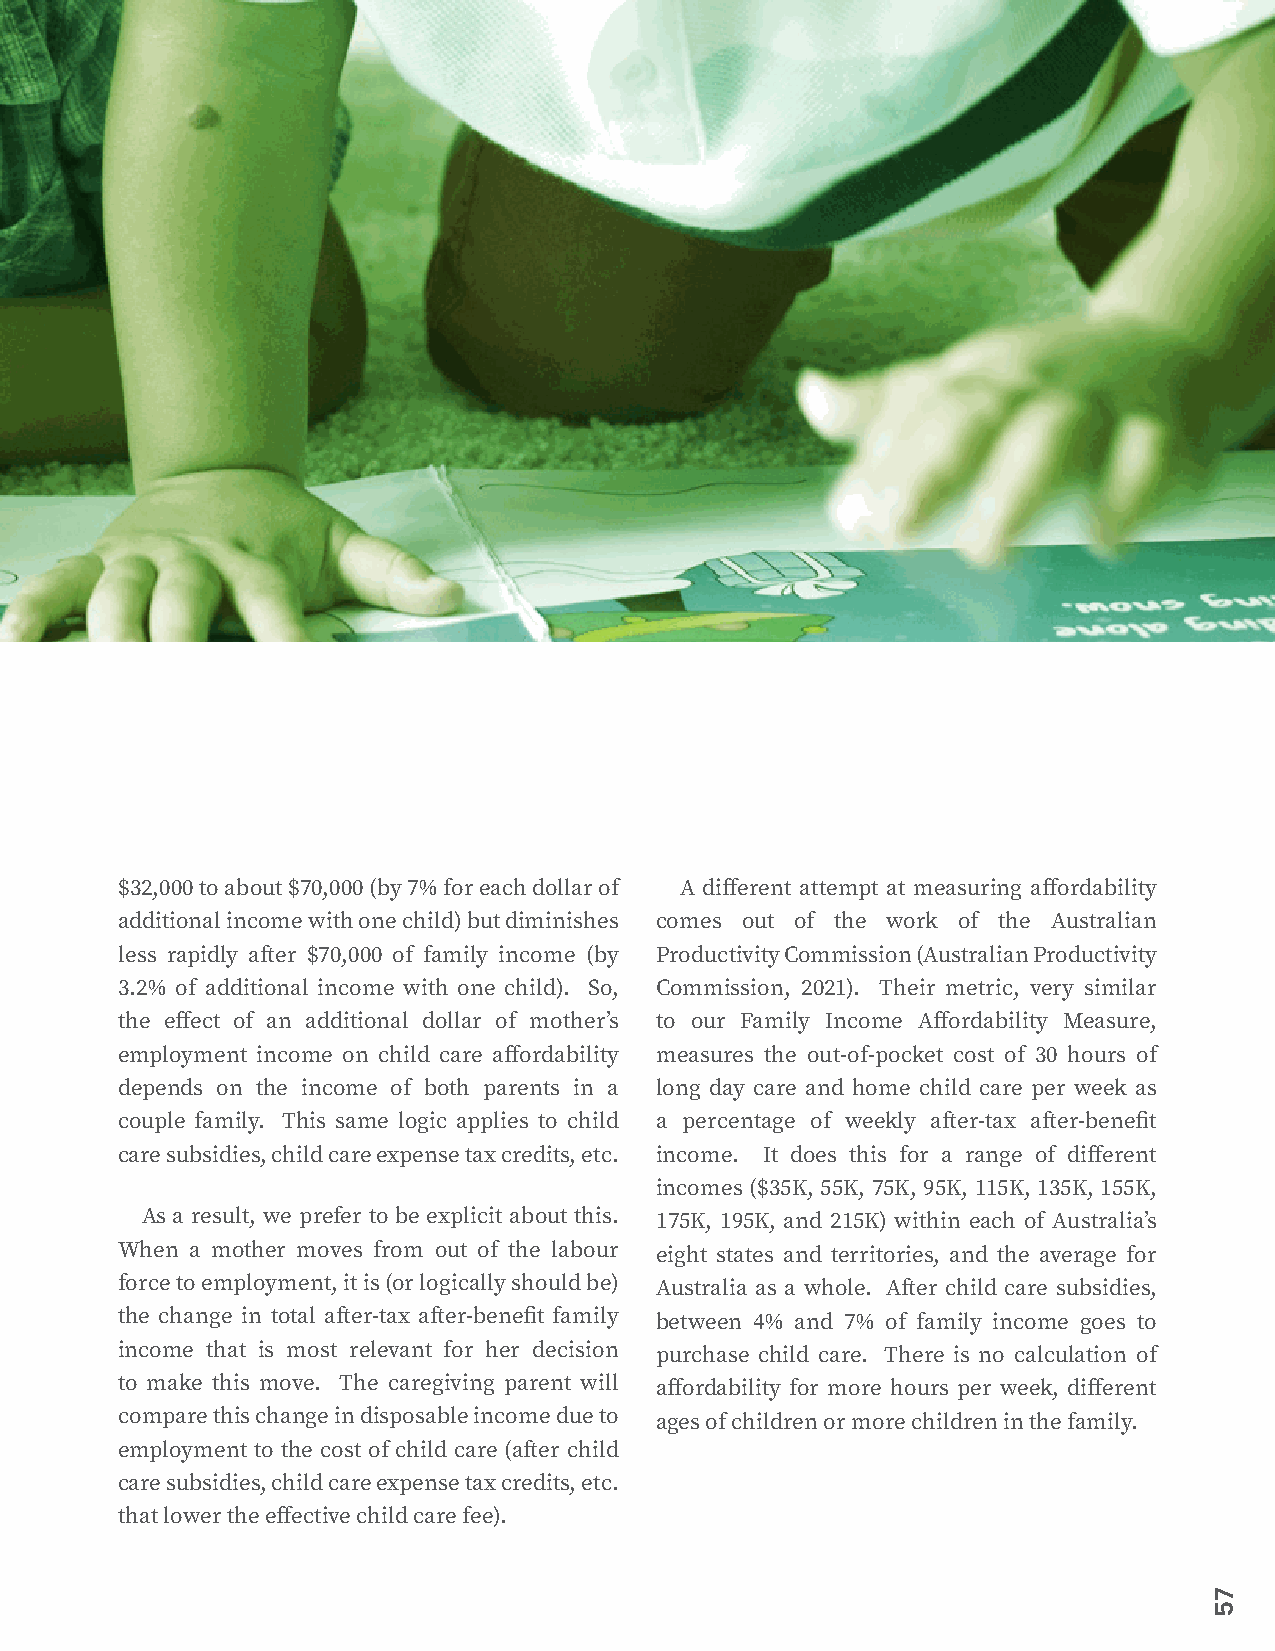
$32,000 to about $70,000 (by 7% for each dollar of A different attempt at measuring affordability
 additional income with one child) but diminishes comes out of the work of the Australian
 less rapidly after $70,000 of family income (by Productivity Commission (Australian Productivity
 3.2% of additional income with one child). So, Commission, 2021). Their metric, very similar
 the effect of an additional dollar of mother’s to our Family Income Affordability Measure,
 employment income on child care affordability measures the out-of-pocket cost of 30 hours of
 depends on the income of both parents in a long day care and home child care per week as
 couple family. This same logic applies to child a percentage of weekly after-tax after-benefit
 care subsidies, child care expense tax credits, etc. income. It does this for a range of different
 incomes ($35K, 55K, 75K, 95K, 115K, 135K, 155K,
 As a result, we prefer to be explicit about this. 175K, 195K, and 215K) within each of Australia’s
 When a mother moves from out of the labour eight states and territories, and the average for
 force to employment, it is (or logically should be) Australia as a whole. After child care subsidies,
 the change in total after-tax after-benefit family between 4% and 7% of family income goes to
 income that is most relevant for her decision purchase child care. There is no calculation of
 to make this move. The caregiving parent will affordability for more hours per week, different
 compare this change in disposable income due to ages of children or more children in the family.
 employment to the cost of child care (after child
 care subsidies, child care expense tax credits, etc.
 that lower the effective child care fee).
 75